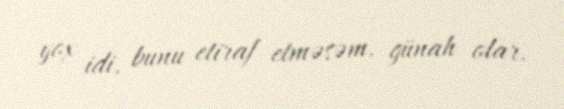
yox idi, bunu etiraf etməsəm, günah olar.